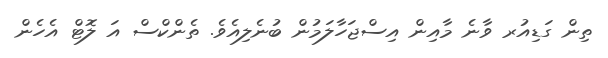
ތިން ގަޑިއުރ ވާނެ މާއިން އިސްޖަހާލަމުން ބުނެލިއެވެ. ތެންކްސް އަ ލޮޓް އެހެން